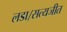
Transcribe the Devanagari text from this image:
लडा।सत्यजीत